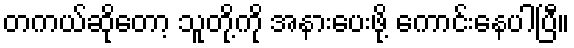
တကယ်ဆိုတော့ သူတို့ကို အနားပေးဖို့ ကောင်းနေပါပြီ။